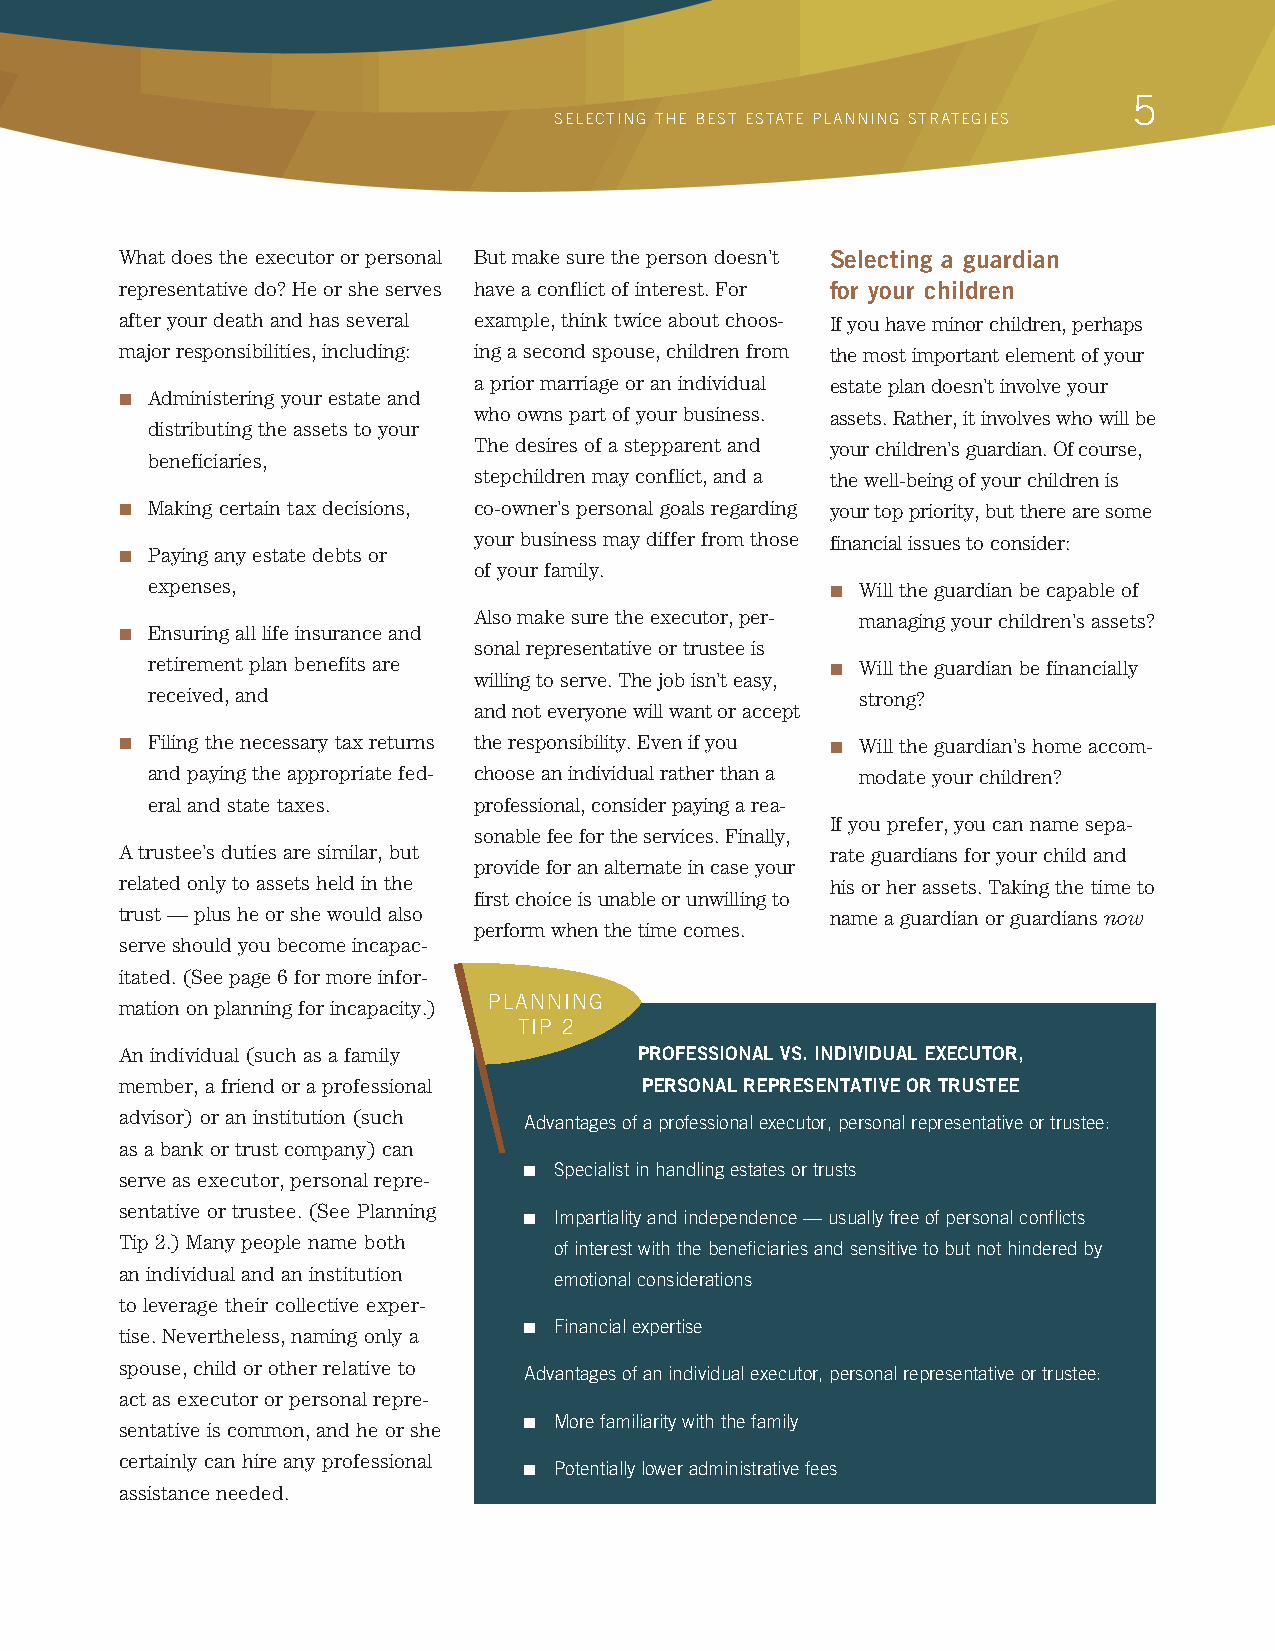
55
 SELECTING THE BEST ESTATE PLANNING STRATEGIES
 What does the executor or personal But make sure the person doesn’t Selecting a guardian
 representative do? He or she serves have a conflict of interest. For for your children
 after your death and has several example, think twice about choos- If you have minor children, perhaps
 major responsibilities, including: ing a second spouse, children from the most important element of your
 a prior marriage or an individual estate plan doesn’t involve your
 n Administering your estate and
 who owns part of your business. assets. Rather, it involves who will be
 distributing the assets to your
 The desires of a stepparent and your children’s guardian. Of course,
 beneficiaries,
 stepchildren may conflict, and a the well-being of your children is
 n Making certain tax decisions, co-owner’s personal goals regarding your top priority, but there are some
 your business may differ from those financial issues to consider:
 n Paying any estate debts or
 of your family.
 expenses,                                    n Will the guardian be capable of
 Also make sure the executor, per- managing your children’s assets?
 n Ensuring all life insurance and
 sonal representative or trustee is
 retirement plan benefits are                 n Will the guardian be financially
 willing to serve. The job isn’t easy,
 received, and                                  strong?
 and not everyone will want or accept
 n Filing the necessary tax returns the responsibility. Even if you n Will the guardian’s home accom-
 and paying the appropriate fed- choose an individual rather than a modate your children?
 eral and state taxes. professional, consider paying a rea-
 If you prefer, you can name sepa-
 sonable fee for the services. Finally,
 A trustee’s duties are similar, but            rate guardians for your child and
 provide for an alternate in case your
 related only to assets held in the             his or her assets. Taking the time to
 first choice is unable or unwilling to
 trust — plus he or she would also              name a guardian or guardians now
 perform when the time comes.
 serve should you become incapac-
 itated. (See page 6 for more infor-
 mation on planning for incapacity.) PLANNING
 TIP 2
 An individual (such as a family   PROFESSIONAL VS. INDIVIDUAL EXECUTOR,
 member, a friend or a professional PERSONAL REPRESENTATIVE OR TRUSTEE
 advisor) or an institution (such
 Advantages of a professional executor, personal representative or trustee:
 as a bank or trust company) can
 n S pecialist in handling estates or trusts
 serve as executor, personal repre-
 sentative or trustee. (See Planning
 n I mpartiality and independence — usually free of personal conflicts
 Tip 2.) Many people name both
 of interest with the beneficiaries and sensitive to but not hindered by
 an individual and an institution
 emotional considerations
 to leverage their collective exper-
 tise. Nevertheless, naming only a n Financial expertise
 spouse, child or other relative to
 Advantages of an individual executor, personal representative or trustee:
 act as executor or personal repre-
 sentative is common, and he or she n M ore familiarity with the family
 certainly can hire any professional
 n P otentially lower administrative fees
 assistance needed.